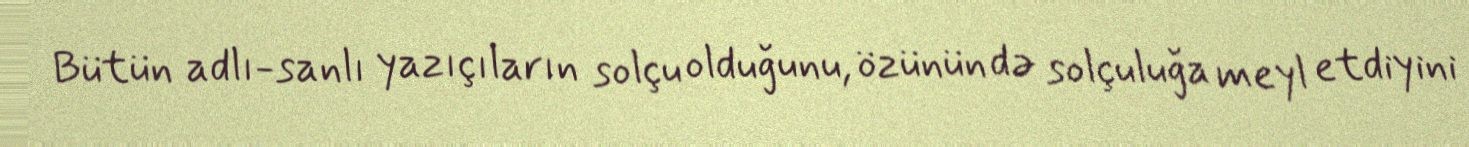
Bütün adlı-sanlı yazıçıların solçu olduğunu, özünün də solçuluğa meyl etdiyini